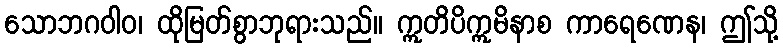
သောဘဂဝါဝ၊ ထိုမြတ်စွာဘုရားသည်။ ဣတိပိဣမိနာစ ကာရေဏေန၊ ဤသို့